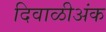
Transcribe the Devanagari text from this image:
दिवाळीअंक